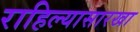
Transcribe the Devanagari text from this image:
राहिल्यासारखा